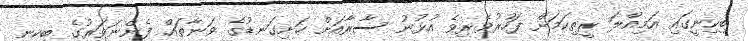
ބިކިނީގައި އަމިއްލަ ރީތިކަމަށް ފަހުރުވެރިވެ އުޅުނު ސާރާއަށް ހަށިގަނޑުގެ ވަނާތައް ފެންނަވަރުގެ ބިކިނީ